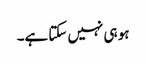
ہو ہی نہیں سکتا ہے۔